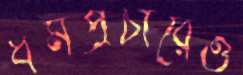
ধর্মপ্রচারেও